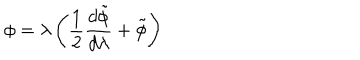
\phi = \lambda \left( \frac { 1 } { 2 } \frac { d \tilde { \phi } } { d \lambda } + \tilde { \phi } \right)